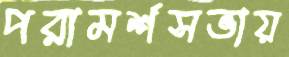
পরামর্শসভায়